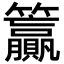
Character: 籯